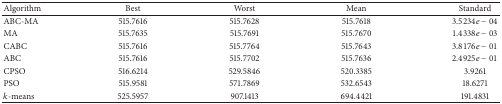
<table><thead><tr><td><b>Algorithm</b></td><td><b>Best</b></td><td><b>Worst</b></td><td><b>Mean</b></td><td><b>Standard</b></td></tr></thead><tbody><tr><td>ABC-MA</td><td>515.7616 </td><td>515.7628</td><td>515.7618</td><td>3.5234<i>e</i> − 04</td></tr><tr><td>MA</td><td>515.7635</td><td>515.7691</td><td>515.7670</td><td>1.4338<i>e</i> − 03</td></tr><tr><td>CABC</td><td>515.7616 </td><td>515.7764</td><td>515.7643</td><td>3.8176<i>e</i> − 01</td></tr><tr><td>ABC</td><td>515.7616</td><td>515.7702</td><td>515.7636</td><td>2.4925<i>e</i> − 01</td></tr><tr><td>CPSO</td><td>516.6214</td><td>529.5846</td><td>520.3385</td><td>3.9261</td></tr><tr><td>PSO</td><td>515.9581</td><td>571.7869</td><td>532.6543</td><td>18.6271</td></tr><tr><td><i>k</i>-means</td><td>525.5957</td><td>907.1413</td><td>694.4421</td><td>191.4831</td></tr></tbody></table>